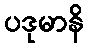
ပဒုမာနိ